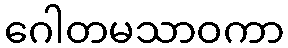
ဂေါတမသာဝကာ